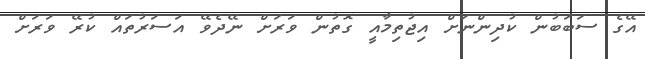
އޭގެ ސަބަބުން ކުދިންނަށް އިޖުތިމާއީ ގޮތުން ވަރަށް ނޭދެވޭ އަސަރުތައް ކުރޭ ވަރަށް